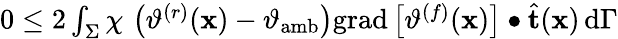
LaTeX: \begin{array}{r}{0\leq 2\int_{\Sigma}\chi\, \left(\vartheta^{(r)}(\mathbf{x})-\vartheta_{\mathrm{amb}}\right)\mathrm{grad}\left[\vartheta^{(f)}(\mathbf{x})\right]\bullet\widehat{\mathbf{t}}(\mathbf{x})\, \mathrm{d}\Gamma}\end{array}